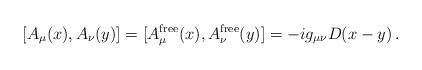
LaTeX: \begin{align*} [A_\mu(x),A_\nu(y)]=[A_\mu^{\mathrm{free}}(x),A_\nu^{\mathrm{free}}(y)]=-ig_{\mu\nu}D(x-y)\,.\end{align*}